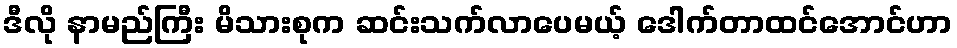
ဒီလို နာမည်ကြီး မိသားစုက ဆင်းသက်လာပေမယ့် ဒေါက်တာထင်အောင်ဟာ